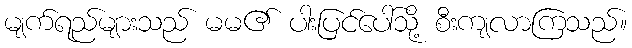
မျက်ရည်များသည် မမ၏ ပါးပြင်ပေါ်သို့ စီးကျလာကြသည်။